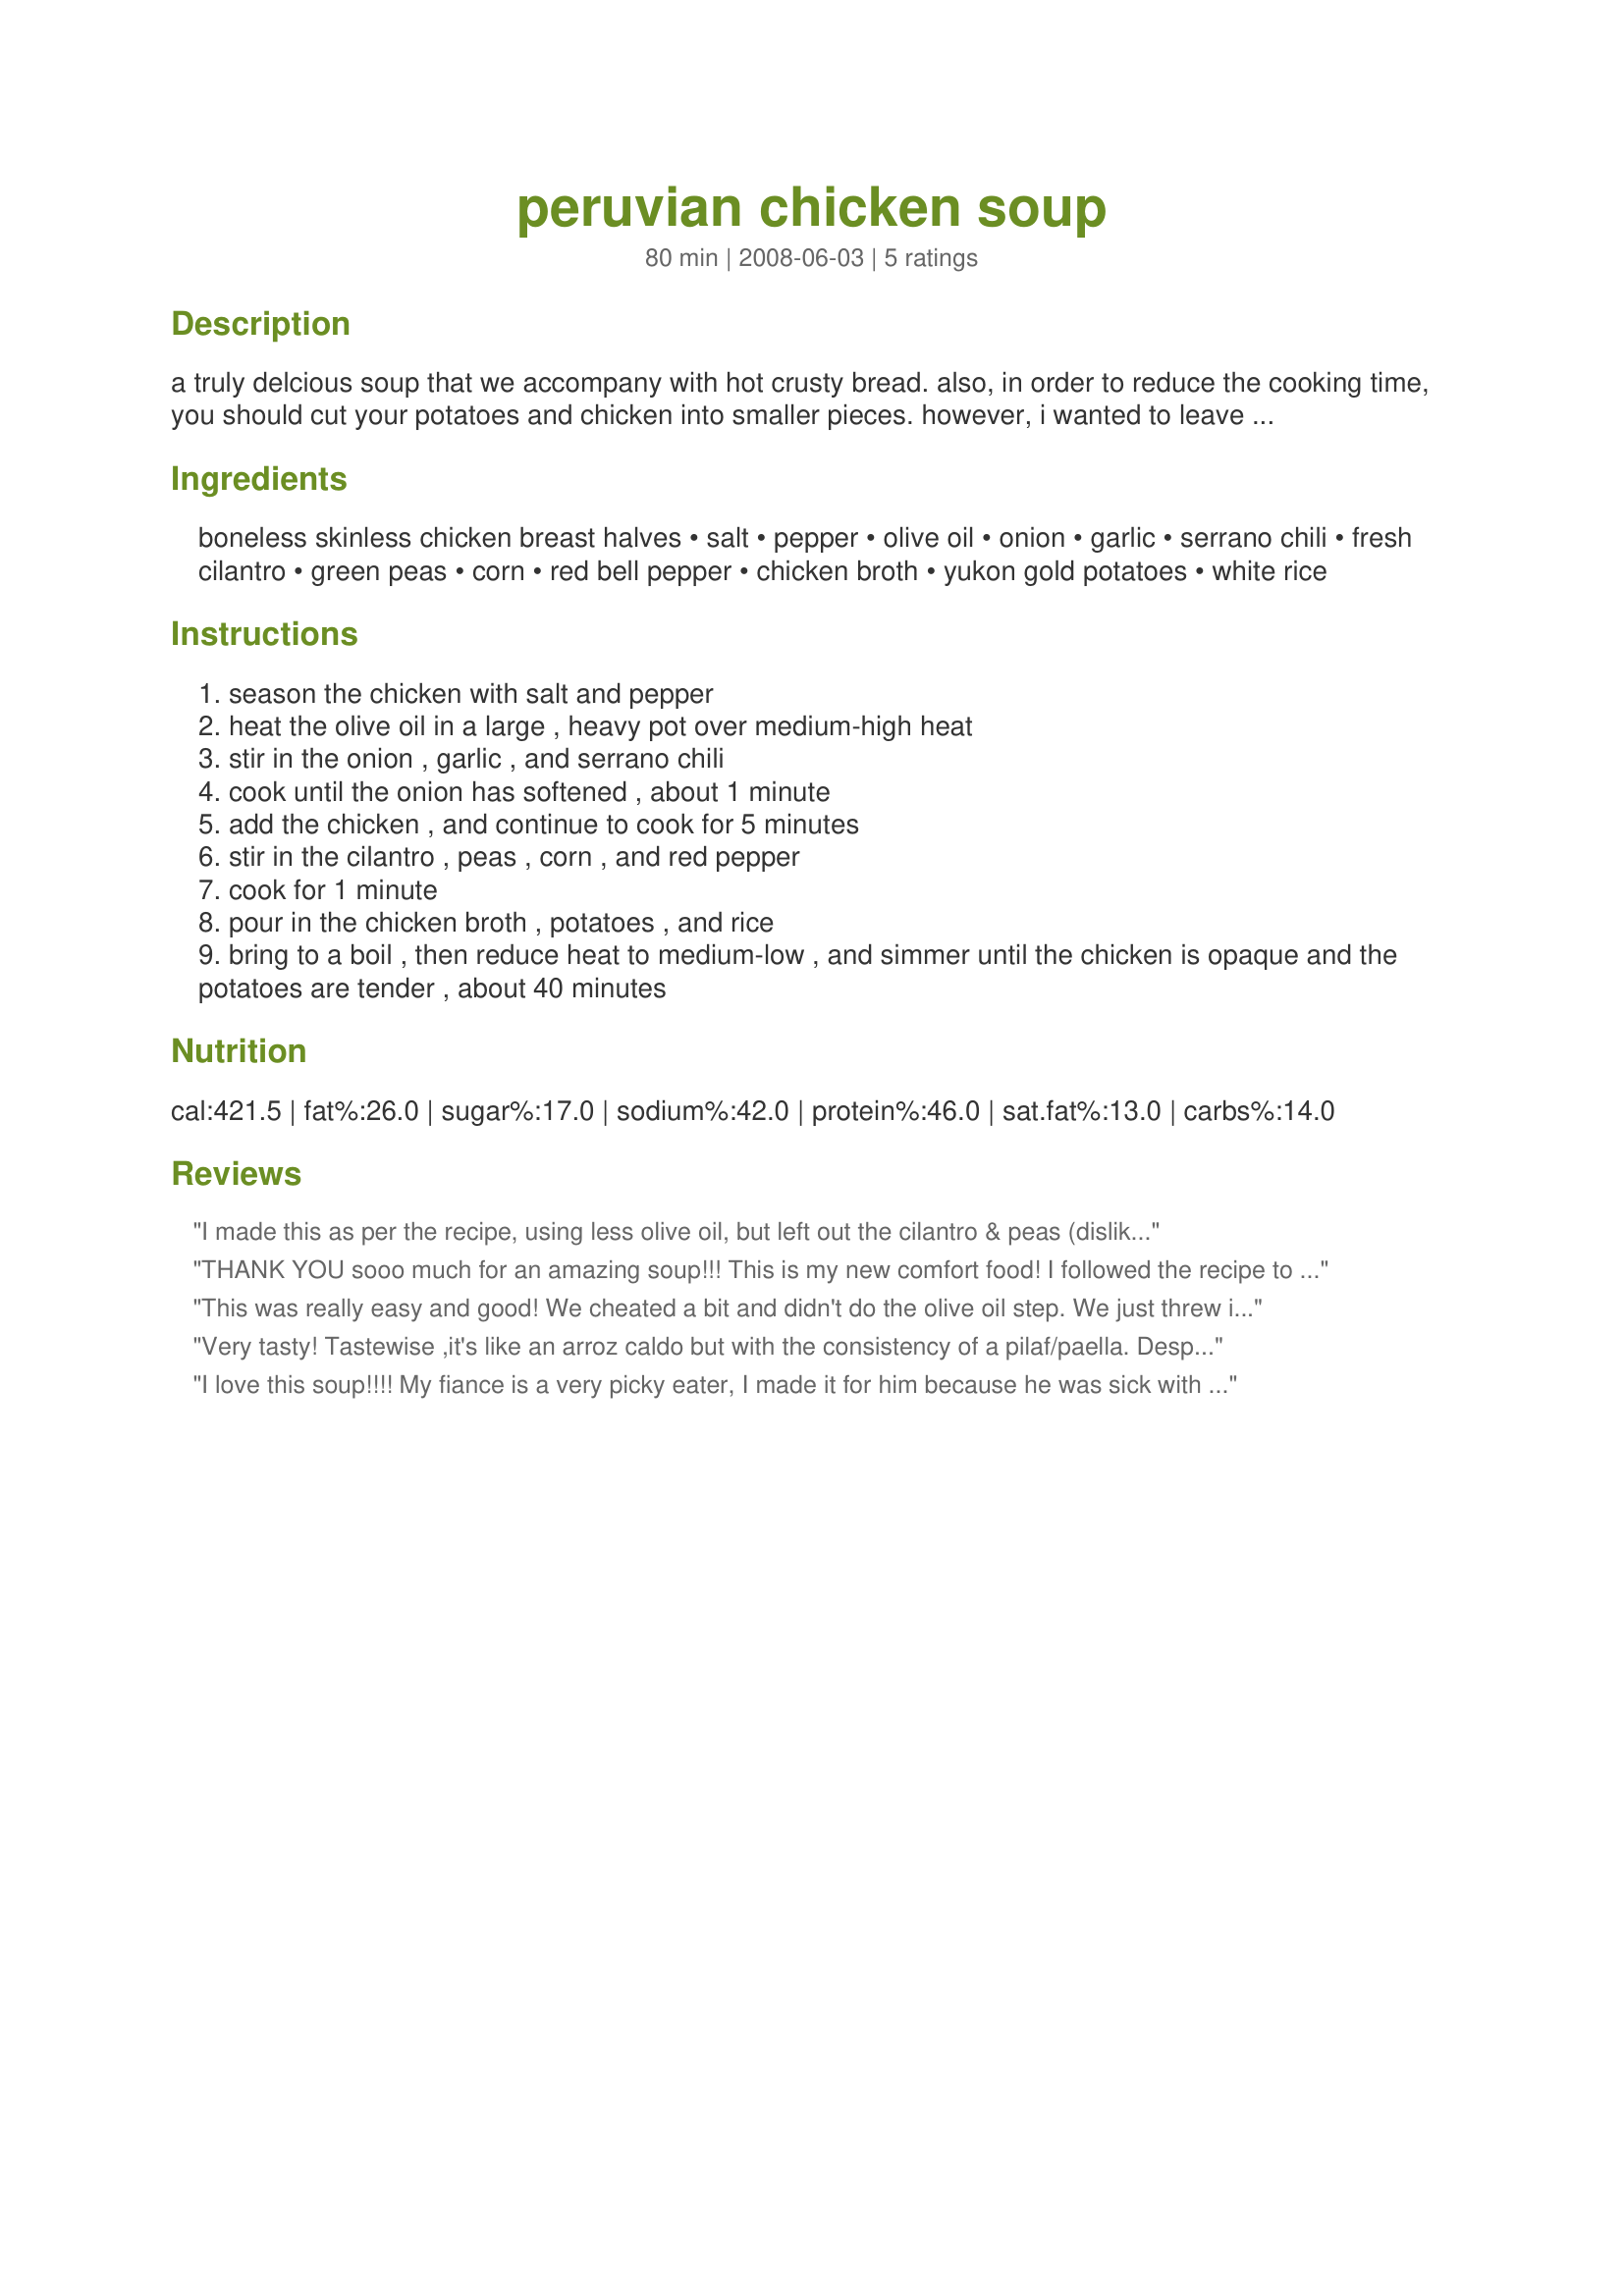
peruvian chicken soup
Preparation time: 80 minutes

a truly delcious soup that we accompany with hot crusty bread. also, in order to reduce the cooking time, you should cut your potatoes and chicken into smaller pieces. however, i wanted to leave the recipe in its original form as it was given to me.

Ingredients:
boneless skinless chicken breast halves, salt, pepper, olive oil, onion, garlic, serrano chili, fresh cilantro, green peas, corn, red bell pepper, chicken broth, yukon gold potatoes, white rice

Steps:
season the chicken with salt and pepper
heat the olive oil in a large , heavy pot over medium-high heat
stir in the onion , garlic , and serrano chili
cook until the onion has softened , about 1 minute
add the chicken , and continue to cook for 5 minutes
stir in the cilantro , peas , corn , and red pepper
cook for 1 minute
pour in the chicken broth , potatoes , and rice
bring to a boil , then reduce heat to medium-low , and simmer until the chicken is opaque and the potatoes are tender , about 40 minutes

Reviews:
I made this as per the recipe, using less olive oil, but left out the cilantro & peas (dislike both) & added carrot & green beans. Unable to get serrano chilis here, so used a jalapeno. This was a lovely meal, but I think I needed to add something to make up for the cilantro. Thanks for sharing this recipe. Made for ZWT4
THANK YOU sooo much for an amazing soup!!! This is my new comfort food! I followed the recipe to a T, the only thing I did different was reduce the oil to 1/3 cup( glad I did b/c it was perfect). My mother had some( who is an amazing cook) and she asked for the recipe! Once again...THANKS! :)
This was really easy and good! We cheated a bit and didn't do the olive oil step. We just threw it all in the crockpot (except for the rice and potatoes). We added the potatoes a couple of hours before it was to be done and cut up the chicken then into bite sized pieces. We did the rice in the rice cooker and served it over it. I'm just not into the mushy cooked in the dish rice, but this turned out GREAT and saved the fat from the oil. Even the kids liked it!
Very tasty! Tastewise ,it's like an arroz caldo but with the consistency of a pilaf/paella. Despite hastily making this, cutting out the last boiling time in more than a half by zipping before hand the potatoes in the microwave, and adding the rice with already boiled water before mixing it with the rest of the ingredients, it still didn't have much liquid left. Not that I'm complaining since I prefer it this way, but I guess if this is supposed to be a soup, more liquid should have been added than stated. Still, I enjoyed it. Thank you! Made for WZT4.
I love this soup!!!! My fiance is a very picky eater, I made it for him because he was sick with a cold and he loved it too. I omitted the peas, not fond of them, and didn't have corn at hand, but it was still delicious. This will definitely be the new way to make chicken soup in our home!
